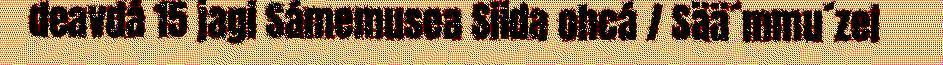
deavdá 15 jagi Sámemusea Siida ohcá / Sää´mmu´zei